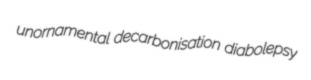
unornamental decarbonisation diabolepsy